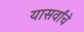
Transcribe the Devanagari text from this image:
यासर्वांचे